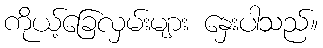
ကိုယ့်ခြေလှမ်းများ နှေးပါသည်။